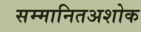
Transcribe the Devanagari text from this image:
सम्मानितअशोक